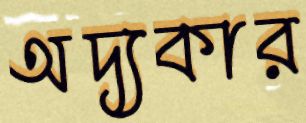
অদ্যকার